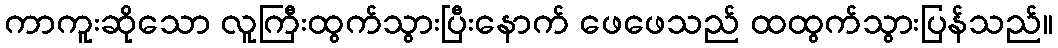
ကာကူးဆိုသော လူကြီးထွက်သွားပြီးနောက် ဖေဖေသည် ထထွက်သွားပြန်သည်။